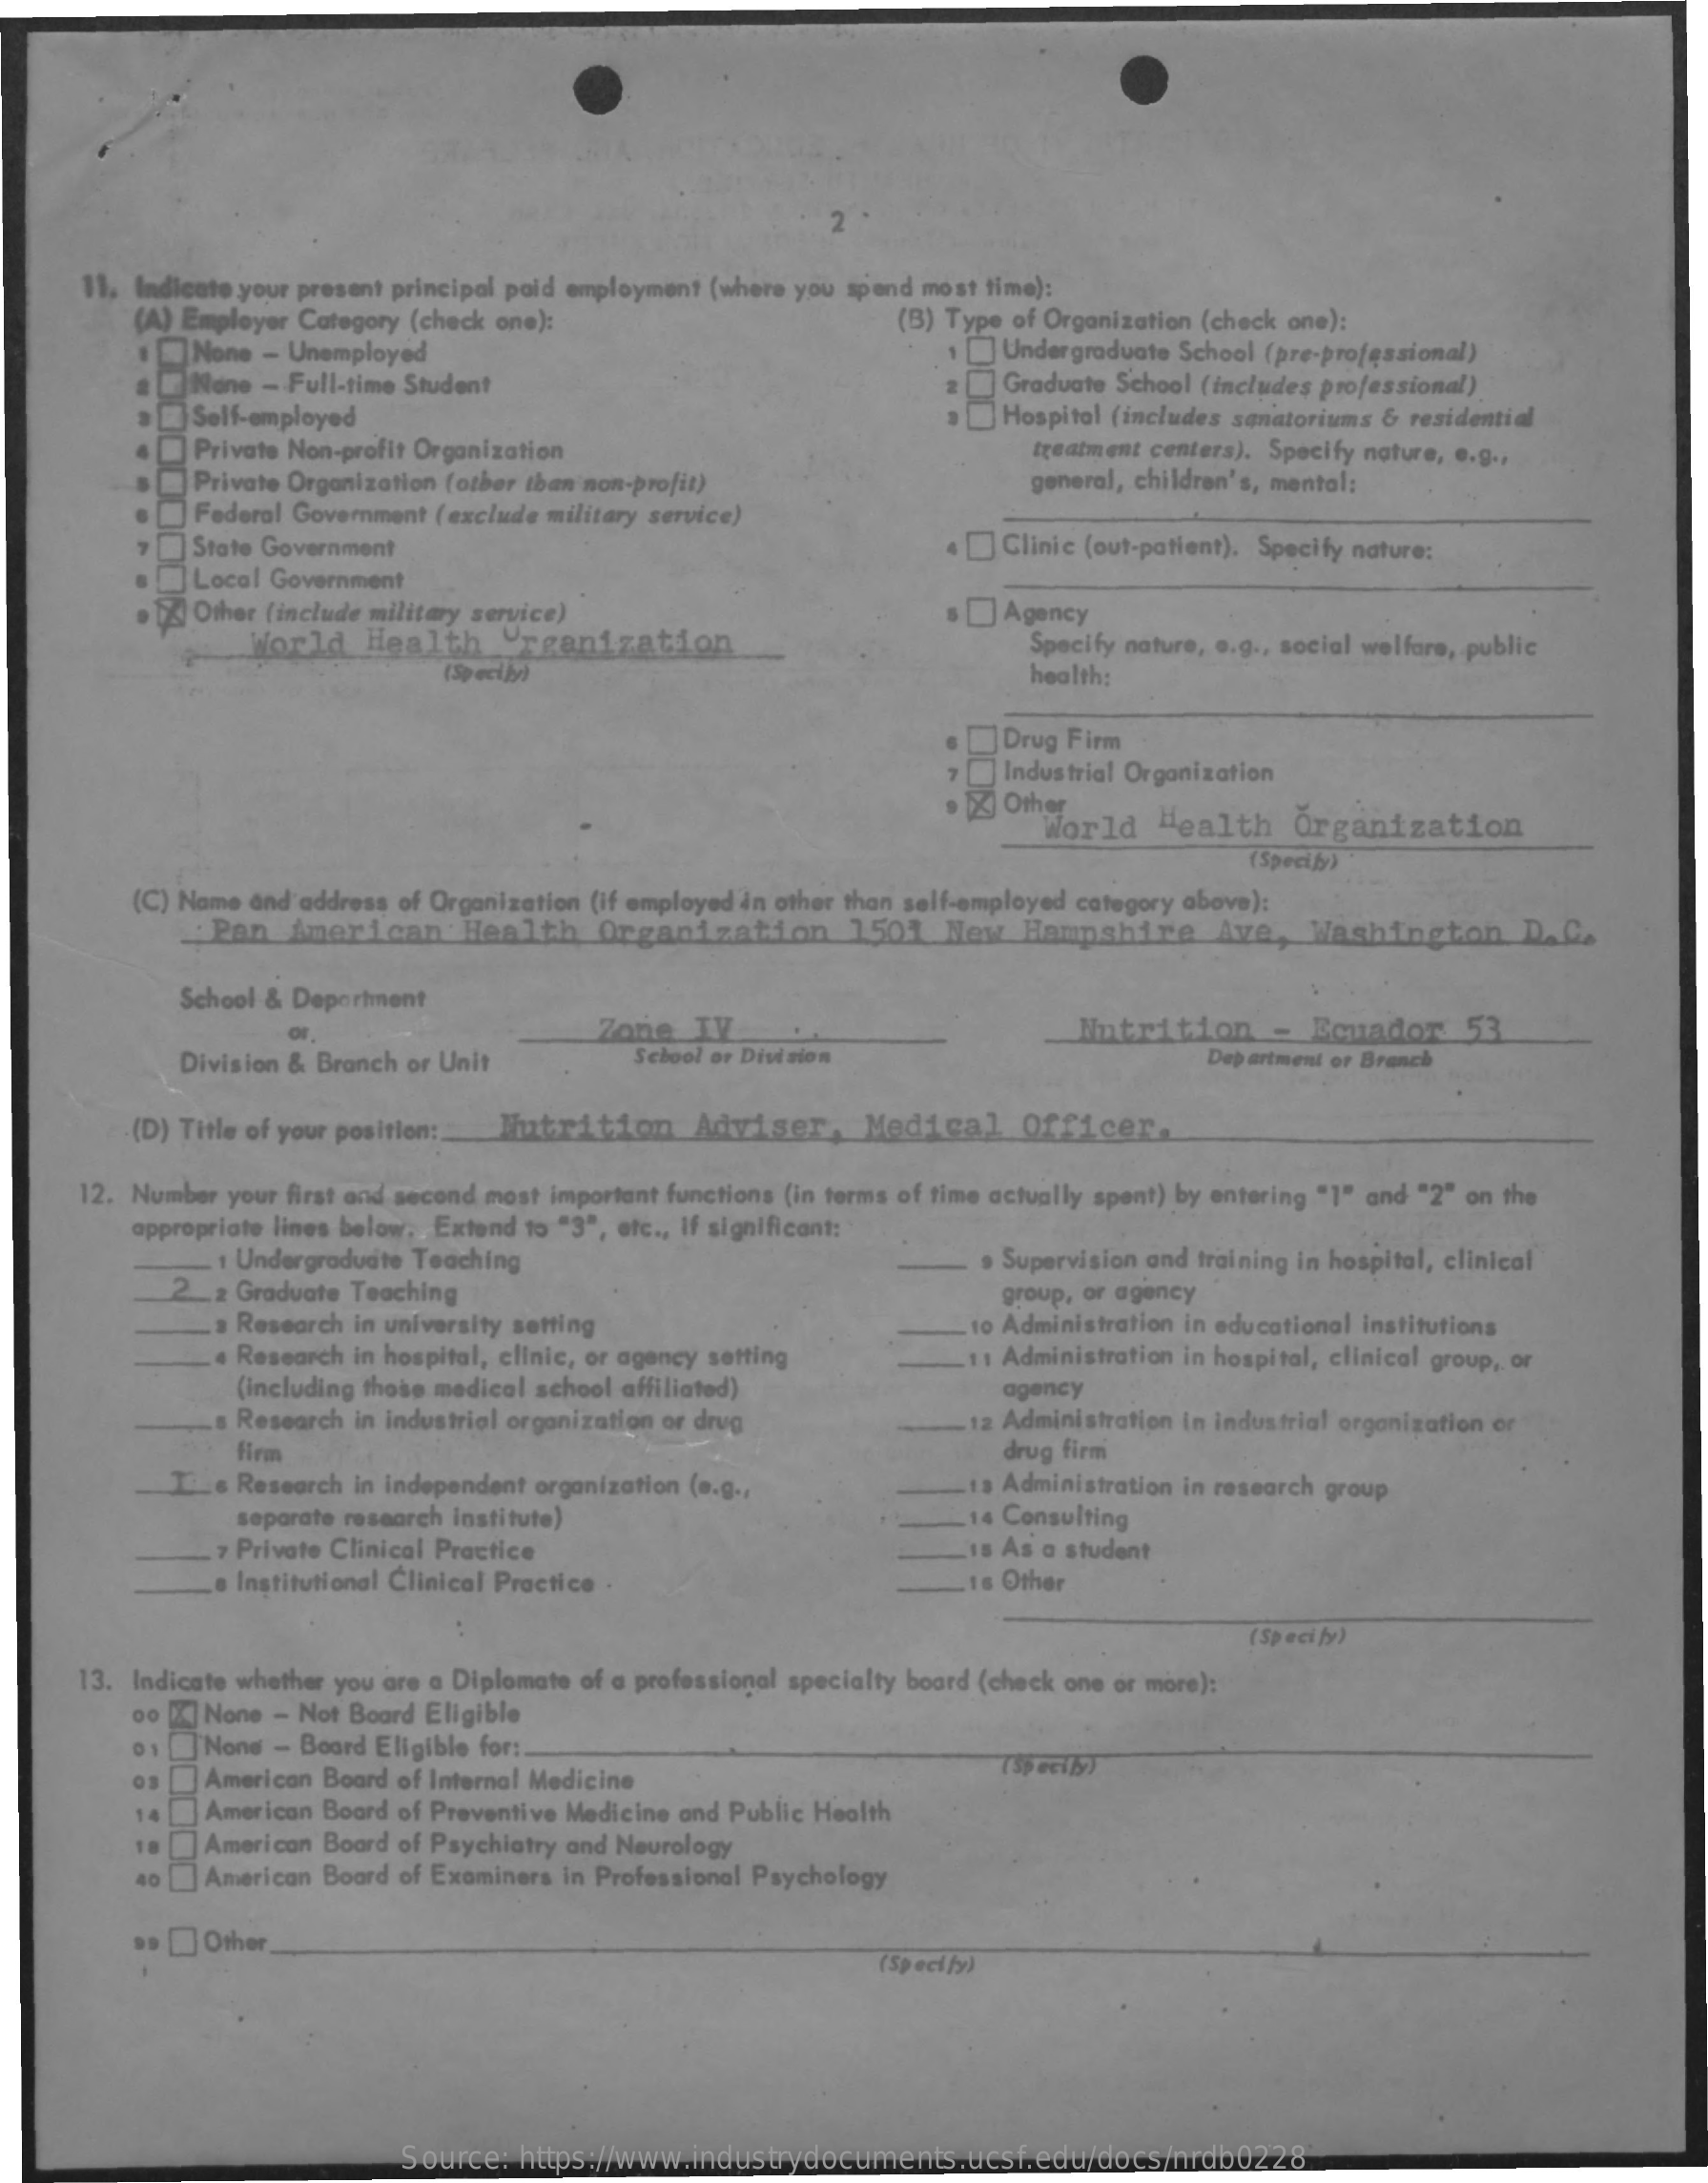
11. Indicate your present principal paid employment (where you spend most time):
     (A) Employer Category (check one):
     None - Unemployed
     (B) Type of Organization (check one):
     None - Full-time Student
     1 [ Undergraduate School (pre-professional)
     Self-employed
     2   Graduate School (includes professional)
     Private Non-profit Organization
     »   Hospital (includes sanatoriums & residential
     Private Organization (other Iban non-profit)
     treatment centers). Specify nature, e.g .,
     Federal Government ( exclude military service)
     general, children's, mental:
     State Government
     Local Government
     «  Clinic (out-patient). Specify nature:
     (Z) Other (include military service)
     World   Health    Organization
     s [ Agency
     (Specify)
     Specify nature, e.g ., social welfare, public
     health:
     Drug Firm
     Industrial Organization
     ● 区 Other
     World   Health   Organization
     (Specify)
     (C) Name and address of Organization (if employed in other than self-employed category above):
     _: Pan American    Health   Organization    1501  New   Hampshire    Ave,   Washington    D. C.
     School & Department
     Division & Branch or Unit
     or.    Zone   IV    Nutrition    -  Ecuador   53
     School or Division    Department or Branch
     (D) Title of your position :__ Nutrition Adviser,  Medical    Officer.
     12. Number your first and second most important functions (in terms of time actually spent) by entering "1" and "2" on the
     appropriate lines below. Extend to "3", etc ., If significant:
     _ 1 Undergraduate Teaching
     2_2 Graduate Teaching
     . Supervision and training in hospital, clinical
     _s Research in university setting
     group, or agency
     _ « Research in hospital, clinic, or agency setting
     10 Administration in educational institutions
     (including those medical school affiliated)
     11 Administration in hospital, clinical group, or
     ... Research in industrial organization or drug    .12 Administration in industrial organization or
     agency
     firm    drug firm
     I_ s Research in independent organization (e.g .,    13 Administration in research group
     separate research institute)
     7 Private Clinical Practice
     _ 14 Consulting
     _15 As a student
     Le Institutional Clinical Practice .    18 Other
     (Specify)
     13. Indicate whether you are a Diplomate of a professional specialty board (check one or more):
     00 [X] None - Not Board Eligible
     0 1 ]None - Board Eligible for :.
     os [American Board of Internal Medicine
     TSpeciby
     14  American Board of Preventive Medicine and Public Health
     18 [] American Board of Psychiatry and Neurology
     40 [ American Board of Examiners in Professional Psychology
     "   Other_
     (Specify)
     Source:  https://www.industrydocuments.ucsf.edu/docs/nrdb0228